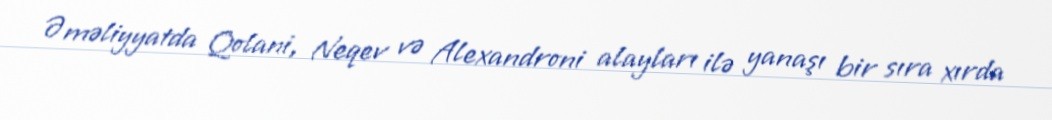
Əməliyyatda Qolani, Neqev və Alexandroni alayları ilə yanaşı bir sıra xırda